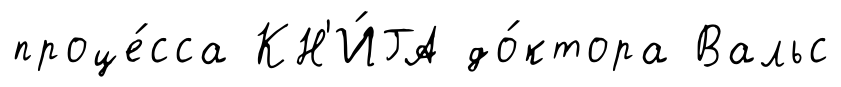
проце́сса КН'И́ГА до́ктора Вальс